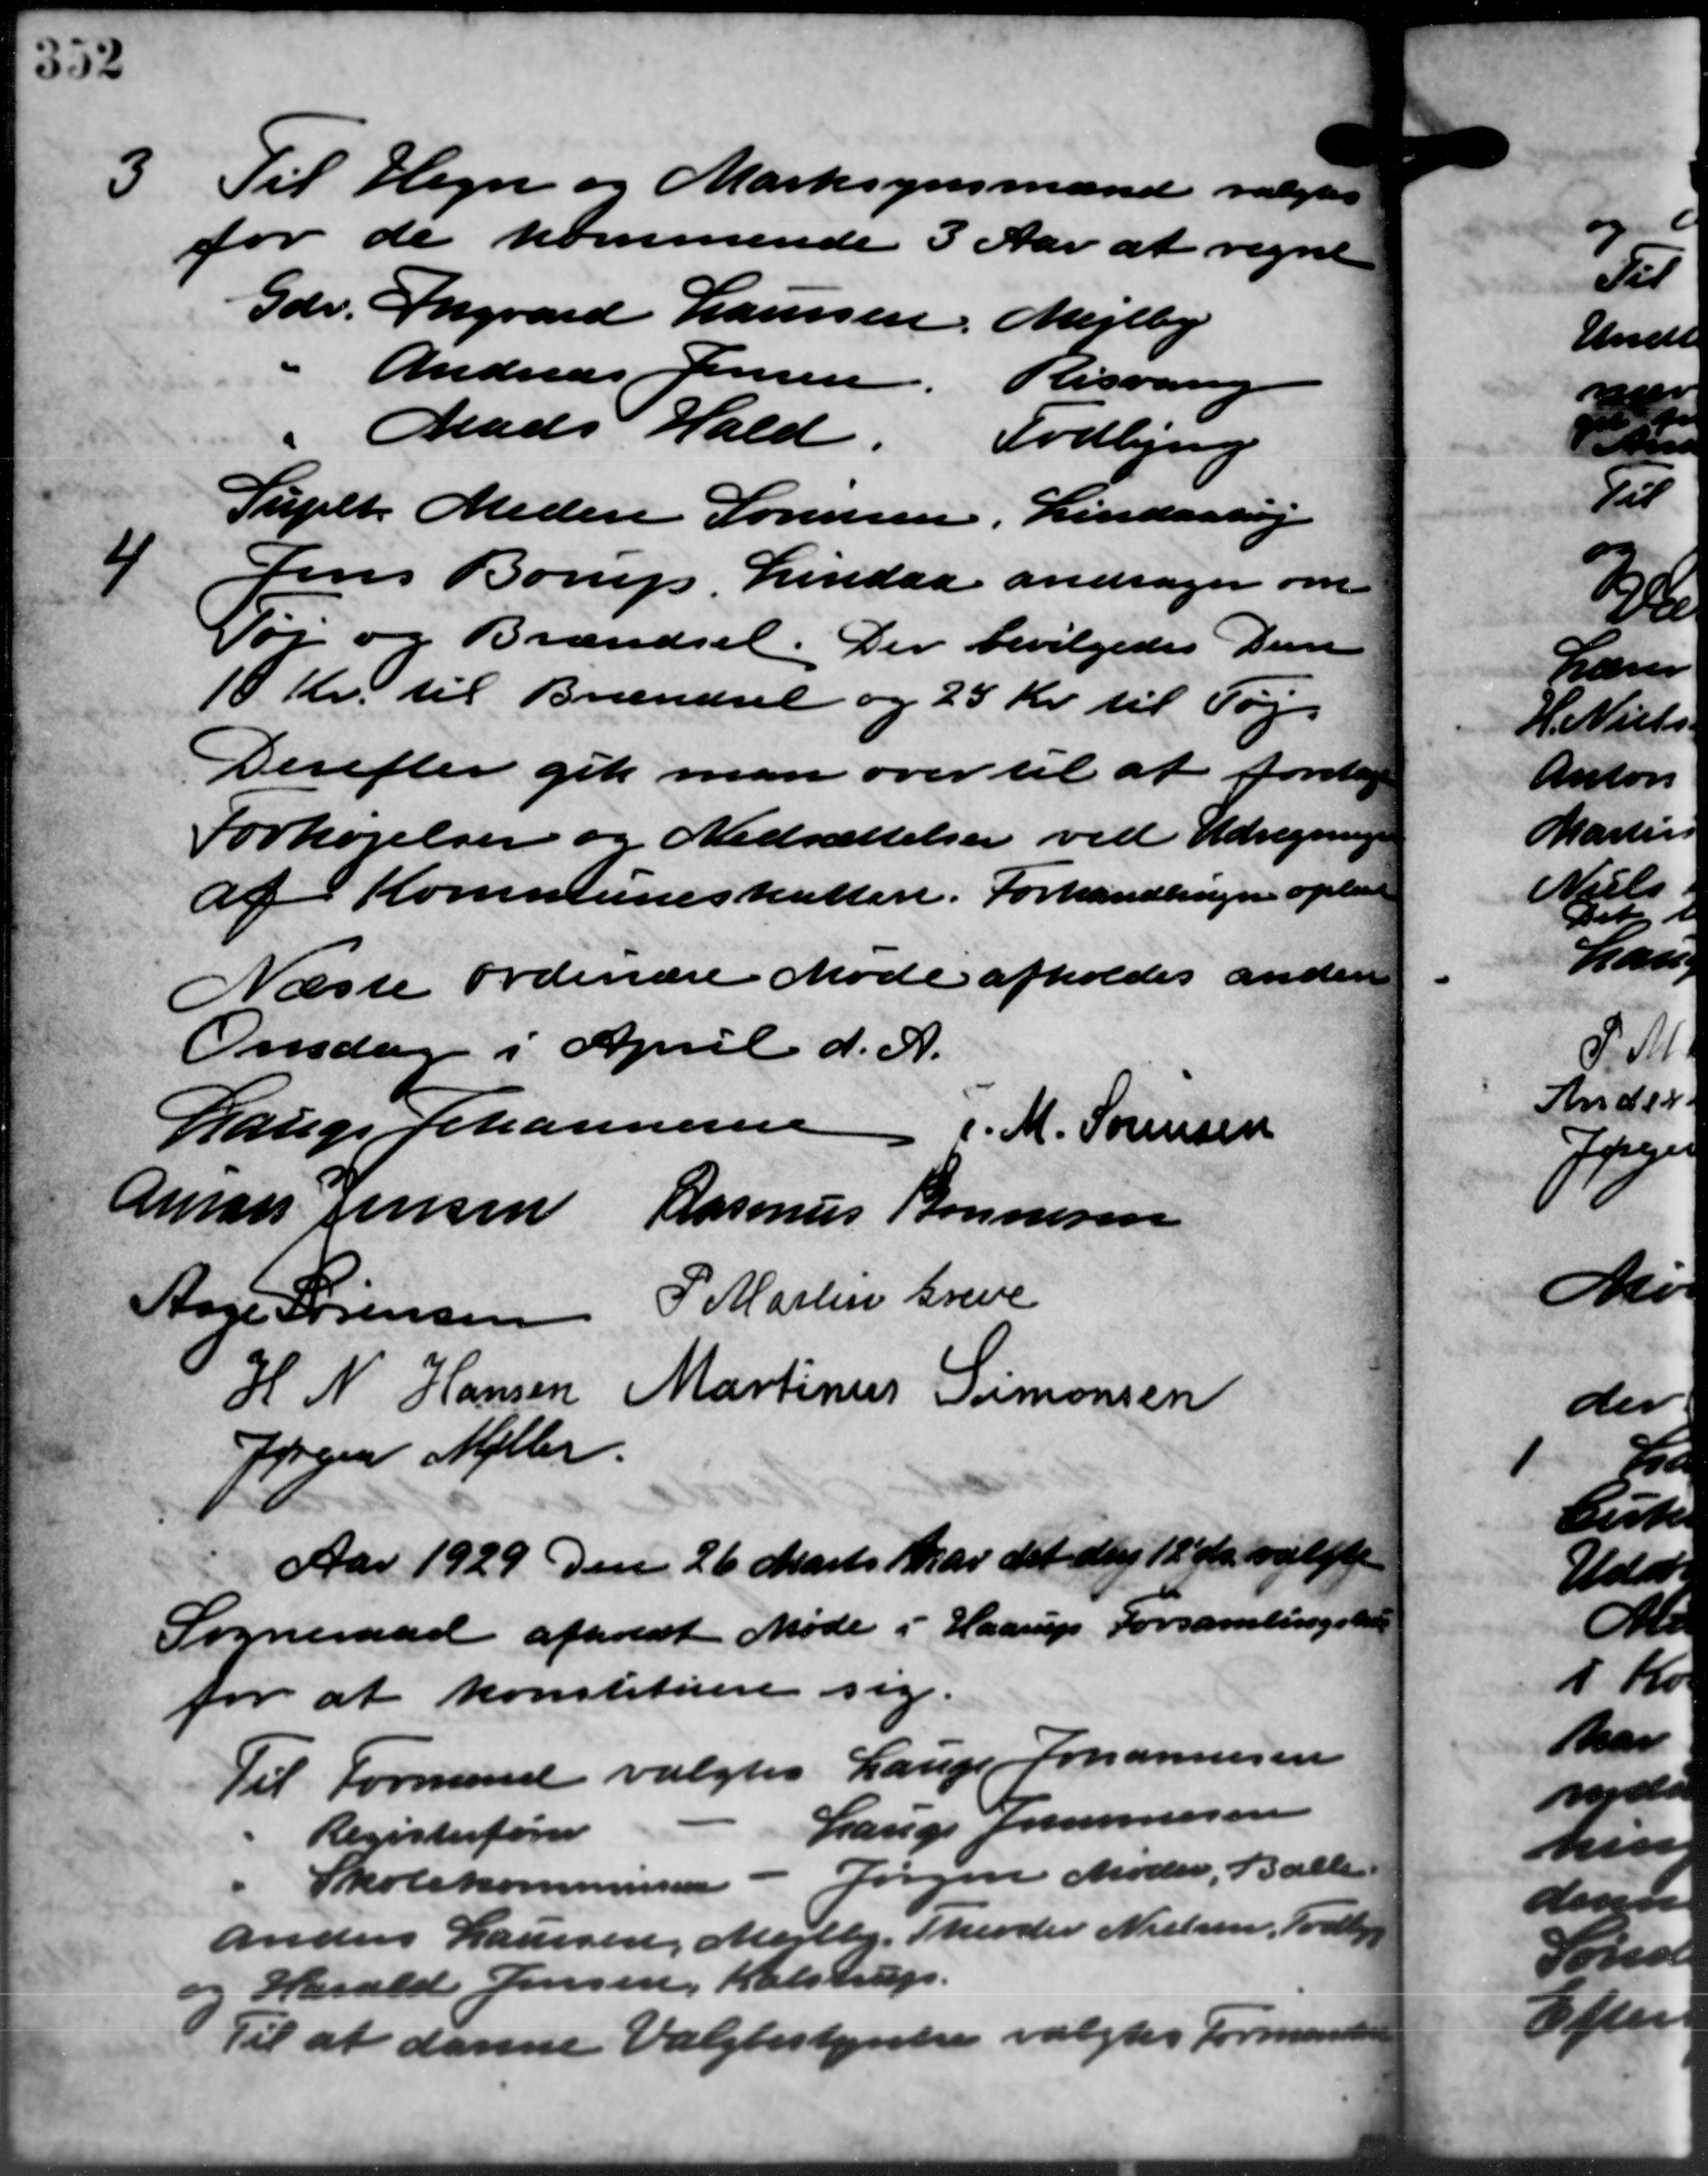
Transskription:
3 Til Hegn og Marksynsmænd valgtes
3 Til Hegn og Marksynsmænd valgtes
for de kommende 3 Aar at regne
Gdr.
Ingvard Laursen, Mejlby
Andreas Jensen.
Risvang
Mads Hald.
Todbjerg
Suplt Meden Sørensen.
Lindaahøj
4
Jens Borup Lindaa andrager om
Tøj og Brændsel. Der bevilgedes Dem
10 Kr. til Brændsel og 25 Kr. til Tøj.
Derefter gik man over til at foretage
Forhøjelser og Nedsættelser ved Udregning
af Kommuneskatten. Forhandlingen oplæst
Næste ordinære Møde afholdes anden
Onsdag i April d. A.
Lauge Johannesen
- M. Sørensen
Amars Jensen Rasmus Bonnesen
Aage Sørensen P. Martin Greve
H N Hansen Martinus Simonsen
Jørgen Møller
Aar 1929 den 26 Marts har det Maj 12 ds. valgt
Sogneraad afholdt Møde i Haarup Forsamlingshus
for at konstituere sig.
Til Formand valgtes Lauge Johannesen
Lauge Jannesen
Registerfører
Jørgen Møder, Balle
Skolekommissionen -
Anders Laursen, Mejlby, Theodor Nielsen, Todbjerg
og Harald Jensen, Kalstrup.
Formand
6
Til at danne Valgbestyrelse valg